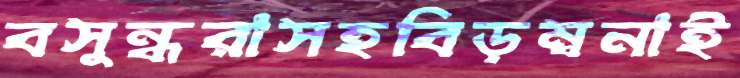
বসুন্ধরাসহবিড়ম্বনাই